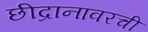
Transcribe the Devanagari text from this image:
छीद्रानावरची